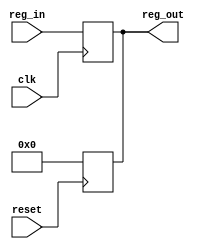
/*~~~~~~~~~~~~~~~~~~~~~~~~~~~~~~~~~~~~~~~~~~~~~~~~~~~~~~~~~~~~~~~~~~~~~~~~~~~~~

                     University of Illinois/NCSA
                         Open Source License

         Copyright(C) 2004, The Board of Trustees of the
          University of Illinois.  All rights reserved

                              IVM 1.0
                          Developed by:
                  Advanced Computing Systems Group
        Center for Reliable and High-Performance Computing
            University of Illinois at Urbana-Champaign

                   http://www.crhc.uiuc.edu/ACS

                      -- with support from --     
             Center for Circuits and Systems Solutions (C2S2)

Permission is hereby granted, free of charge, to any person obtaining a copy 
of this software and associated documentation files (the Software), to 
deal with the Software without restriction, including without limitation the 
rights to use, copy, modify, merge, publish, distribute, sublicense, and/or 
sell copies of the Software, and to permit persons to whom the Software is 
furnished to do so, subject to the following conditions:

Redistributions of source code must retain the above copyright notice, this 
list of conditions and the following disclaimers.

Redistributions in binary, gate-level, layout-level, or physical form must
reproduce the above copyright notice, this list of conditions and the
following disclaimers in the documentation and/or other materials provided
with the distribution.

Neither the names of Advanced Computing Systems Group, Center for Reliable
and High-Performance Computing, Center for Circuits and Systems Solution
(C2S2), University of Illinois at Urbana-Champaign, nor the names of its
contributors may be used to endorse or promote products derived from this
Software without specific prior written permission.

THE SOFTWARE IS PROVIDED AS IS, WITHOUT WARRANTY OF ANY KIND, EXPRESS OR 
IMPLIED, INCLUDING BUT NOT LIMITED TO THE WARRANTIES OF MERCHANTABILITY, 
FITNESS FOR A PARTICULAR PURPOSE AND NONINFRINGEMENT.  IN NO EVENT SHALL THE 
CONTRIBUTORS OR COPYRIGHT HOLDERS BE LIABLE FOR ANY CLAIM, DAMAGES OR OTHER 
LIABILITY, WHETHER IN AN ACTION OF CONTRACT, TORT OR OTHERWISE, ARISING 
FROM, OUT OF OR IN CONNECTION WITH THE SOFTWARE OR THE USE OR OTHER DEALINGS 
WITH THE SOFTWARE.

~~~~~~~~~~~~~~~~~~~~~~~~~~~~~~~~~~~~~~~~~~~~~~~~~~~~~~~~~~~~~~~~~~~~~~~~~~~~~*/


/*******************************************************************************

  File: REGn.v

  Description: This file contains the definition of a n-bit register

******************************************************************************/

`timescale 1ns/100ps


/*
 * FUNC_NAME: REGn
 *
 * DESCRIPTION: 
 *	Definition for a n-bit register, asynch. reset
 *
 * INPUT:
 *	reg_in - the value to be stored in the register on the next clock edge
 *	clk - the system clock
 *
 * OUTPUT:
 *	reg_out - the current value of the register
 *
 * ASSUMPTIONS:
 *
 * AUTHOR:
 *	Justin Quek
 * DATE:
 *	17-Apr-03
 * LAST MODIFICATION:
 *	Created modules
 */
module REGn(reg_out, clk, reset, reg_in);

  parameter RegLen = 63;

  // outputs
  output [RegLen:0] reg_out;
  // inouts
  // special inputs
  input clk;
  input reset;
  // inputs
  input [RegLen:0] reg_in;

  // internal vars
  reg [RegLen:0] reg_val;

  // assign vars

  // assign outputs
  assign reg_out = reg_val;

  // instantiate other modules

  // change the value of the register on every rising clock edge
  always @(posedge clk)
  begin
    reg_val <= reg_in;
  end

  // async. reset
  always @(posedge reset)
  begin
    reg_val = 'b0;
  end

endmodule // REGn

/*
 * FUNC_NAME: REGfn
 *
 * DESCRIPTION: 
 *	Definition for a n-bit register, with synchronous AND asynchronous reset signal
 *
 * INPUT:
 *	reg_in - the value to be stored in the register on the next clock edge
 *	clk - the system clock
 *      flush - synchronous reset
 *
 * OUTPUT:
 *	reg_out - the current value of the register
 *
 * ASSUMPTIONS:
 *
 * AUTHOR:
 *	Justin Quek
 * DATE:
 *	19-Apr-03
 * LAST MODIFICATION:
 *	Created modules
 */
module REGfn(reg_out, clk, reset, flush, reg_in);

  parameter RegLen = 63;

  // outputs
  output [RegLen:0] reg_out;
  // inouts
  // special inputs
  input clk;
  input reset;
  input flush;
  // inputs
  input [RegLen:0] reg_in;

  // internal vars
  reg [RegLen:0] reg_val;

  // assign vars

  // assign outputs
  assign reg_out = reg_val;

  // instantiate other modules

  // change the value of the register on every rising clock edge if the flush signal is low
  always @(posedge clk)
  begin
    if (flush == 1'b1)
    begin
      reg_val <= 'b0;
    end
    else
    begin
      reg_val <= reg_in;
    end
  end

  // async. reset
  always @(posedge reset)
  begin
    reg_val = 'b0;
  end

endmodule // REGfn

/*
 * FUNC_NAME: REGln
 *
 * DESCRIPTION: 
 *	Definition for a n-bit register, with load signal and synchronous reset
 *
 * INPUT:
 *	reg_in - the value to be stored in the register on the next clock edge
 *	clk - the system clock
 *      load - if we should store on the next clock edge
 *
 * OUTPUT:
 *	reg_out - the current value of the register
 *
 * ASSUMPTIONS:
 *
 * AUTHOR:
 *	Justin Quek
 * DATE:
 *	10-Apr-03
 * LAST MODIFICATION:
 *	Created modules
 */
module REGln(reg_out, clk, load, reset, reg_in);

  parameter RegLen = 63;

  // outputs
  output [RegLen:0] reg_out;
  // inouts
  // special inputs
  input clk;
  input load;
  input reset;
  // inputs
  input [RegLen:0] reg_in;

  // internal vars
  reg [RegLen:0] reg_val;

  // assign vars

  // assign outputs
  assign reg_out = reg_val;

  // instantiate other modules

  // change the value of the register on every rising clock edge if the load signal is high
  always @(posedge clk)
  begin
    if (reset == 1'b1)
    begin
      reg_val <= 'b0;
    end
    else if (load == 1'b1)
    begin
      reg_val <= reg_in;
    end
  end

endmodule // REGln

/*
 * FUNC_NAME: REGan
 *
 * DESCRIPTION: 
 *	Definition for a n-bit register, with load signal and asynchronous reset
 *
 * INPUT:
 *	reg_in - the value to be stored in the register on the next clock edge
 *	clk - the system clock
 *      load - if we should store on the next clock edge
 *
 * OUTPUT:
 *	reg_out - the current value of the register
 *
 * ASSUMPTIONS:
 *
 * AUTHOR:
 *	Justin Quek
 * DATE:
 *	10-Apr-03
 * LAST MODIFICATION:
 *	Created modules
 */
module REGan(reg_out, clk, load, reset, reg_in);

  parameter RegLen = 63;

  // outputs
  output [RegLen:0] reg_out;
  // inouts
  // special inputs
  input clk;
  input load;
  input reset;
  // inputs
  input [RegLen:0] reg_in;

  // internal vars
  reg [RegLen:0] reg_val;

  // assign vars

  // assign outputs
  assign reg_out = reg_val;

  // instantiate other modules

  // change the value of the register on every rising clock edge if the load signal is high
  always @(posedge clk)
  begin
    if (load == 1'b1)
    begin
      reg_val <= reg_in;
    end
  end

  // async. reset
  always @(posedge reset)
  begin
    reg_val = 'b0;
  end

endmodule // REGan